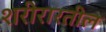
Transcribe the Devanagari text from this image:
शरीरारतील